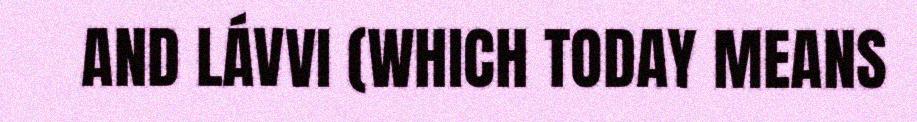
AND LÁVVI (WHICH TODAY MEANS